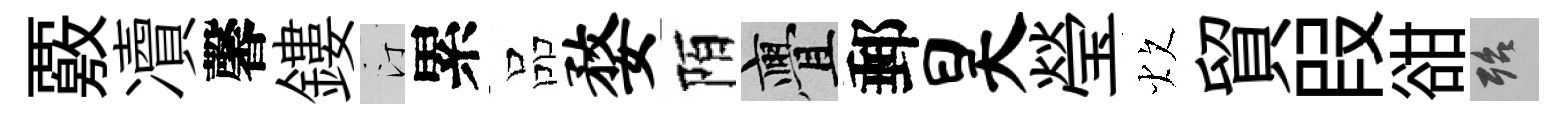
覈凟馨鏤汀累品婺陌亹郵昊瑩炊貿叚𧮳殆